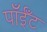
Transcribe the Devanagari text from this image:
पाँईँट